Madras plague regulations and rules - Volume 2
Disease focus: Plague
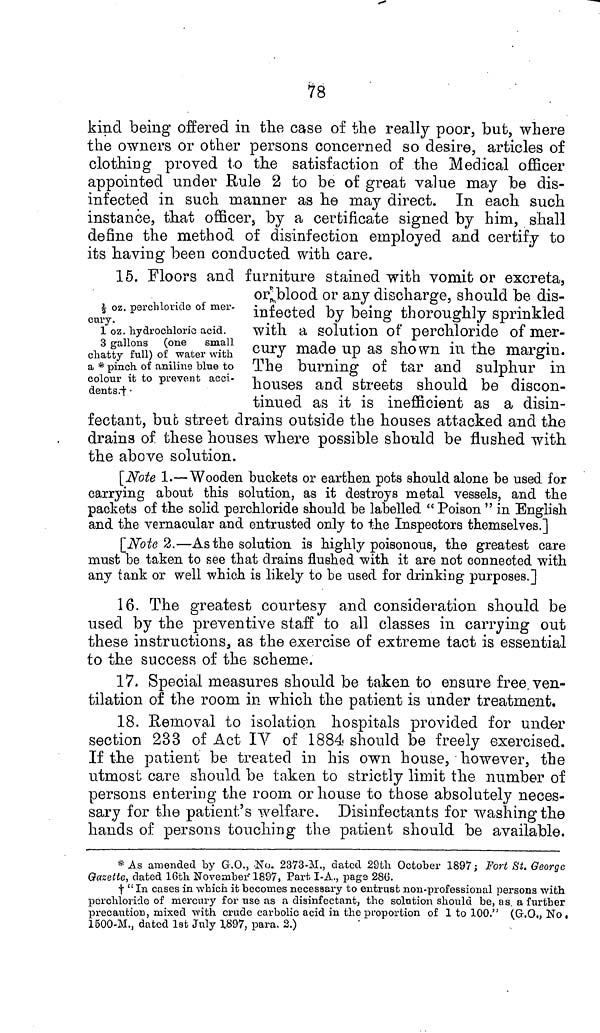
78
kind being offered in the case of the really poor, but, where
the owners or other persons concerned so desire, articles of
clothing proved to the satisfaction of the Medical officer
appointed under Rule 2 to be of great value may be dis-
infected in such manner as he may direct. In each such
instance, that officer, by a certificate signed by him, shall
define the method of disinfection employed and certify to
its having been conducted with care.
1/2 oz. perchloride of mer-
cury.
1 oz. hydrochloric acid.
3 gallons (one small
chatty full) of water with
a * pinch of aniline blue to
colour it to prevent acci-
dents.†
15. Floors and furniture stained with vomit or excreta,
or blood or any discharge, should be dis-
infected by being thoroughly sprinkled
with a solution of perchloride of mer-
cury made up as shown in the margin.
The burning of tar and sulphur in
houses and streets should be discon-
tinued as it is inefficient as a disin-
fectant, but street drains outside the houses attacked and the
drains of these houses where possible should be flushed with
the above solution.
[Note 1.—Wooden buckets or earthen pots should alone be used for
carrying about this solution, as it destroys metal vessels, and the
packets of the solid perchloride should be labelled " Poison " in English
and the vernacular and entrusted only to the Inspectors themselves.]
[Note 2.—As the solution is highly poisonous, the greatest care
must be taken to see that drains flushed with it are not connected with
any tank or well which is likely to be used for drinking purposes.]
16. The greatest courtesy and consideration should be
used by the preventive staff to all classes in carrying out
these instructions, as the exercise of extreme tact is essential
to the success of the scheme.
17. Special measures should be taken to ensure free ven-
tilation of the room in which the patient is under treatment.
18. Removal to isolation hospitals provided for under
section 233 of Act IV of 1884 should be freely exercised.
If the patient be treated in his own house, however, the
utmost care should be taken to strictly limit the number of
persons entering the room or house to those absolutely neces-
sary for the patient's welfare. Disinfectants for washing the
hands of persons touching the patient should be available.
* As amended by G.O., No. 2373-M., dated 29th October 1897 ; Fort St. George
Gazette, dated 16th November 1897, Part I-A., page 286.
† " In cases in which it becomes necessary to entrust non-professional persons with
perchloride of mercury for use as a disinfectant, the solution should be, as. a further
precaution, mixed with crude carbolic acid in the proportion of 1 to 100." (G.O., No.
1500-M., dated 1st July 1897, para, 2.)